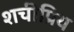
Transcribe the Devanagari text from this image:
शचीप्रिय